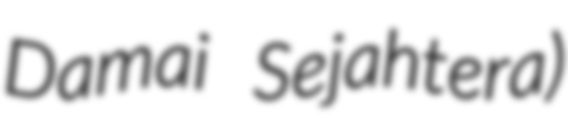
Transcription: Damai Sejahtera)